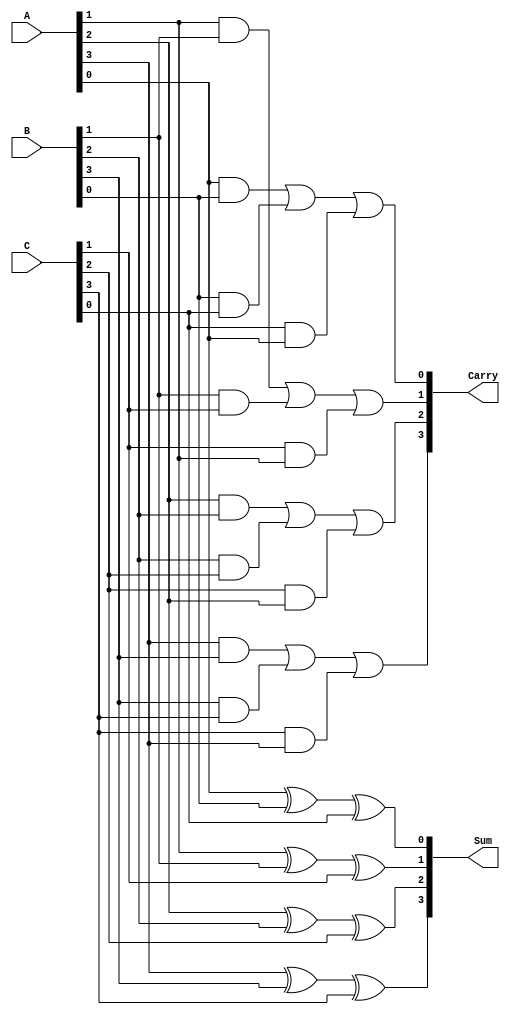
module ParallelCarrySaveAdder #(parameter n = 4) (
    input [n-1:0] A,   // First input
    input [n-1:0] B,   // Second input
    input [n-1:0] C,   // Third input
    output [n-1:0] Sum, // Sum output
    output [n-1:0] Carry // Carry output
);

    // Full adder for each bit position
    genvar i;
    generate
        for (i = 0; i < n; i = i + 1) begin : full_adder
            wire a_bit = A[i];
            wire b_bit = B[i];
            wire c_bit = C[i];

            // Sum and carry outputs for each full adder
            assign Sum[i] = a_bit ^ b_bit ^ c_bit; // Sum = A XOR B XOR C
            assign Carry[i] = (a_bit & b_bit) | (b_bit & c_bit) | (c_bit & a_bit); // Carry = (A AND B) OR (B AND C) OR (C AND A)
        end
    endgenerate

endmodule